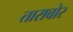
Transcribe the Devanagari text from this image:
ताराबोर